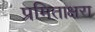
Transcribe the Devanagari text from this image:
प्रमिताक्षरा